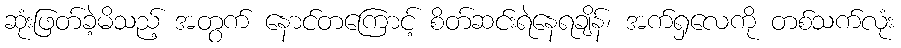
ဆုံးဖြတ်ခဲ့မိသည့် အတွက် နောင်တကြောင့် စိတ်ဆင်းရဲနေရချိန်၊ အက်ရှလေကို တစ်သက်လုံး